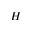
H